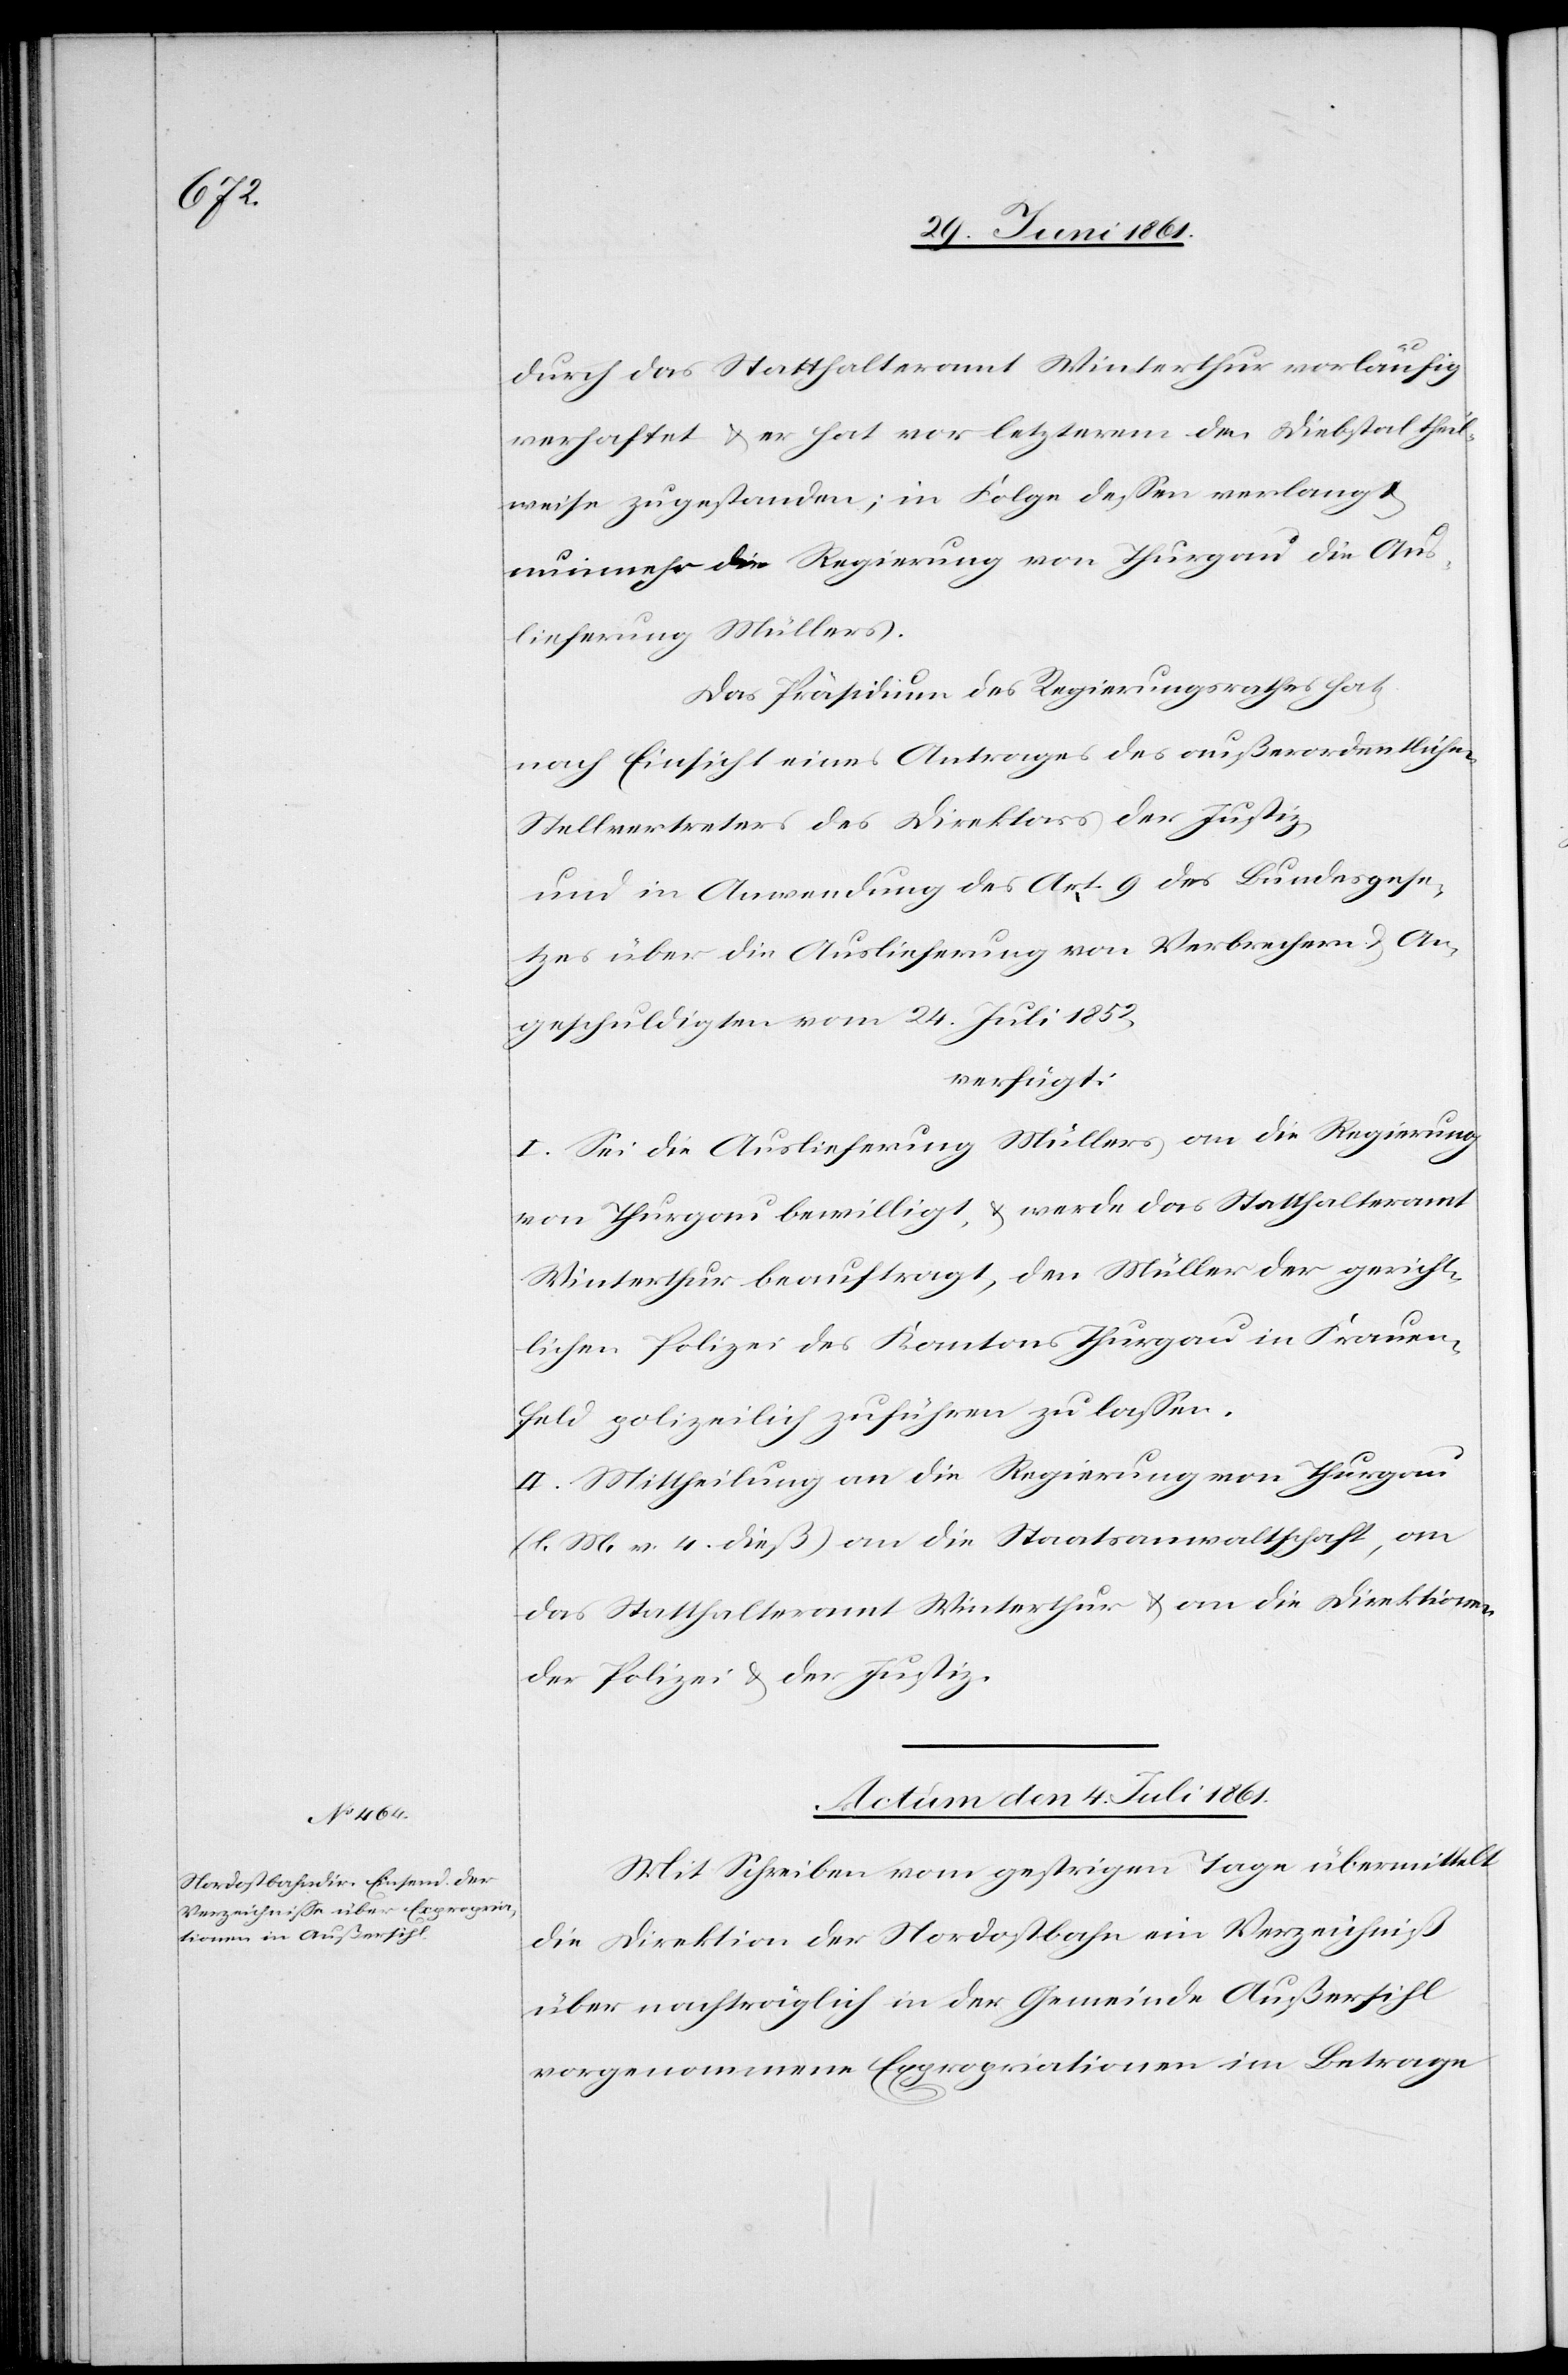
durch das Statthalteramt Winterthur vorläufig
verhaftet u. er hat vor letzterem den Diebstal theil¬
weise zugestanden; in Folge dessen verlangt
nunmehr die Regierung von Thurgau die Aus¬
lieferung Müllers.
Das Präsidium des Regierungsrathes hat,
nach Einsicht eines Antrages des außerordentlichen
Stellvertreters des Direktors der Justiz,
und in Anwendung des Art. 9 des Bundesgese¬
tzes über die Auslieferung von Verbrechern u. An¬
geschuldigten vom 24. Juli 1852,
verfügt:
I. Sei die Auslieferung Müllers an die Regierung
von Thurgau bewilligt u. werde das Statthalteramt
Winterthur beauftragt, den Müller der gericht¬
lichen Polizei des Kantons Thurgau in Frauen¬
feld polizeilich zuführen zu lassen.
II. Mittheilung an die Regierung von Thurgau
(l. M. v. 4. dieß) an die Staatsanwaltschaft, an
das Statthalteramt Winterthur u. an die Direktionen
der Polizei u. der Justiz.
Actum den 4. Juli 1861.
Mit Schreiben vom gestrigen Tage übermittelt
die Direktion der Nordostbahn ein Verzeichniß
über nachträglich in der Gemeinde Außersihl
vorgenommene Expropriationen im Betrage